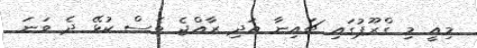
މިއީ މި ގްރޫޕުގައި ޗައިނާ އަދި ރާއްޖެ ވެސް ކުޅޭ ދެ ވަނަ